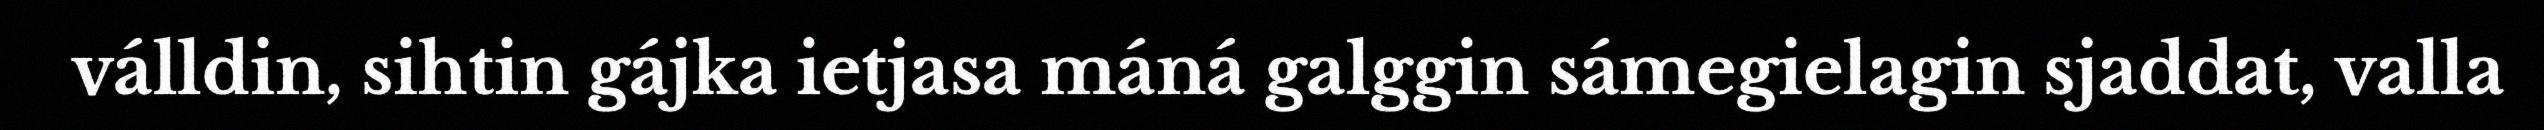
válldin, sihtin gájka ietjasa máná galggin sámegielagin sjaddat, valla